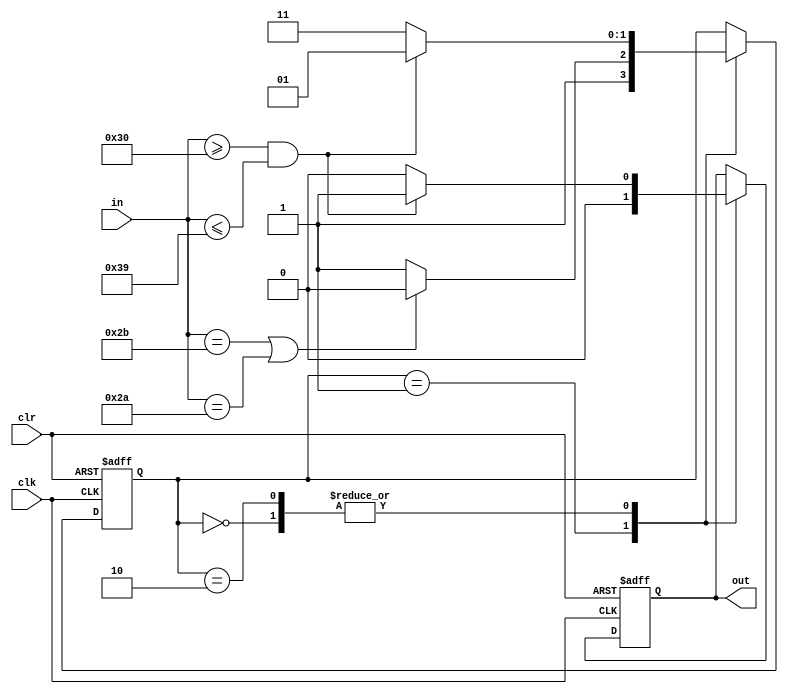
`timescale 1ns / 1ps
//////////////////////////////////////////////////////////////////////////////////
// Company: 
// Engineer: 
// 
// Design Name: 
// Module Name:    string 
// Project Name: 
// Target Devices: 
// Tool versions: 
// Description: 
//
// Dependencies: 
//
// Revision: 
// Revision 0.01 - File Created
// Additional Comments: 
//
//////////////////////////////////////////////////////////////////////////////////
module string(
	input clk,
	input clr,
	input [7:0]in,
	output reg out = 0
    );
	reg [1:0]state = 0;
	always@(posedge clk, posedge clr)begin
		if(clr == 1)begin
			out <= 0;
			state <= 0;
		end
		else begin
			case(state)
				0:	begin
						if(in >= "0" && in <= "9")begin
							state <= 1;
							out <= 1;
						end
						else begin
							out <= 0;
							state <= 3;
						end
					end
				1:	begin
						if(in == "+" || in == "*")begin
							state <= 2;
							out <= 0;
						end
						else begin
							out <= 0;
							state <= 3;
						end
					end
				2:	begin
						if(in >= "0" && in <= "9")begin
							state <= 1;
							out <= 1;
						end
						else begin
							out <= 0;
							state <= 3;
						end
					end
				3:	begin
					end
				default: ;
			endcase
		end
	end

endmodule